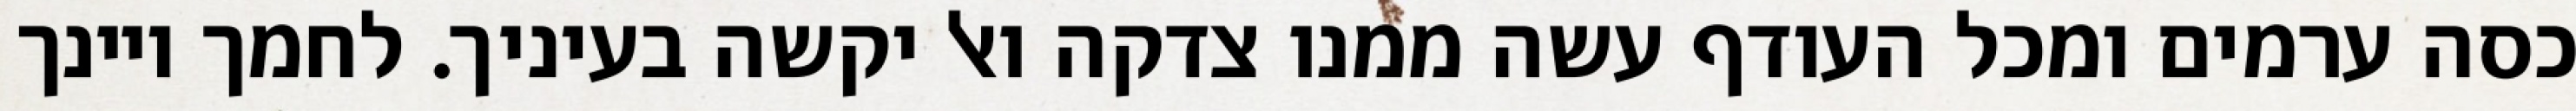
כסה ערמים ומכל העודף עשה ממנו צדקה ואל יקשה בעיניך. לחמך ויינך